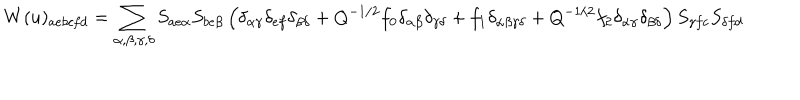
W ( u ) _ { a e b c f d } = \sum _ { \alpha , \beta , \gamma , \delta } S _ { a e \alpha } S _ { b e \beta } \left( \delta _ { \alpha \gamma } \delta _ { e f } \delta _ { \beta \delta } + Q ^ { - 1 / 2 } f _ { 0 } \delta _ { \alpha \beta } \delta _ { \gamma \delta } + f _ { 1 } \delta _ { \alpha \beta \gamma \delta } + Q ^ { - 1 / 2 } f _ { 2 } \delta _ { \alpha \gamma } \delta _ { \beta \delta } \right) S _ { \gamma f c } S _ { \delta f d }